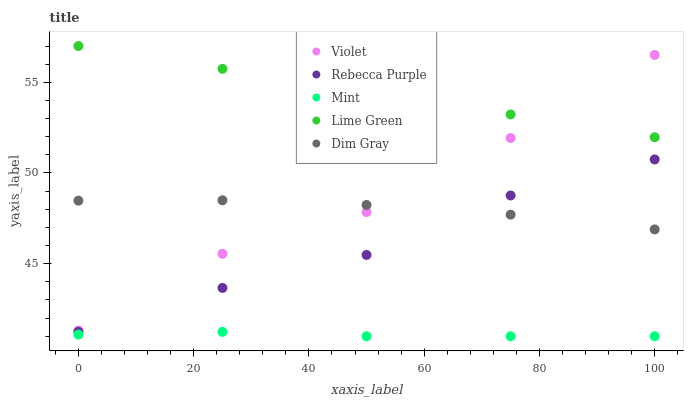
| xaxis_label | Violet | Rebecca Purple | Mint | Lime Green | Dim Gray |
 | --- | --- | --- | --- | --- | --- |
 | 0 | 41.3 | 41.2 | 41.1 | 57 | 48.5 |
 | 25 | 45.5 | 43.7 | 41.2 | 55.7 | 48.5 |
 | 50 | 47.8 | 45.5 | 41 | 54.5 | 48.2 |
 | 75 | 51.9 | 48.8 | 41 | 53.2 | 47.7 |
 | 100 | 56.5 | 50.7 | 41 | 52 | 46.9 |